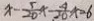
x - \frac { 5 } { 2 0 } x - \frac { 4 } { 2 0 } x = 6